Lunatic asylums in Bengal annual reports 1888-1898 - 1888-1898
Year: 1888
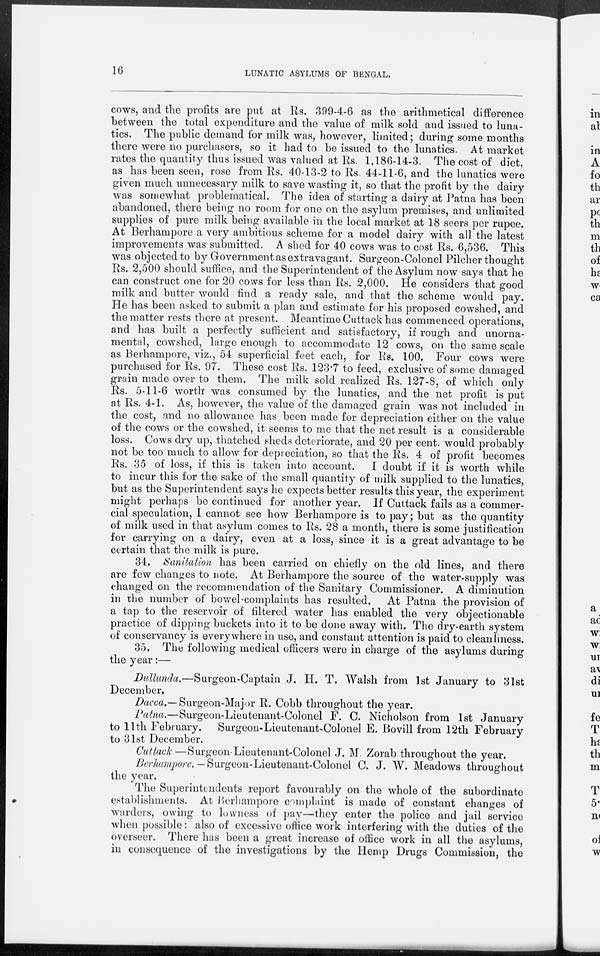
16
LUNATIC ASYLUMS OF BENGAL.
cows, and the profits are put at Rs. 399-4-6 as the arithmetical difference
between the total expenditure and the value of milk sold and issued to luna-
tics. The public demand for milk was, however, limited; during some months
there were no purchasers, so it had to be issued to the lunatics. At market
rates the quantity thus issued was valued at Rs. 1,186-14-3. The cost of diet,
as has been seen, rose from Rs. 40-13-2 to Rs. 44-11-6, and the lunatics were
given much unnecessary milk to save wasting it, so that the profit by the dairy
was somewhat problematical. The idea of starting a dairy at Patna has been
abandoned, there being no room for one on the asylum premises, and unlimited
supplies of pure milk being available in the local market at 18 seers per rupee.
At Berhampore a very ambitious scheme for a model dairy with all the latest
improvements was submitted. A shed for 40 cows was to cost Rs. 6,536. This
was objected to by Government as extravagant. Surgeon-Colonel Pilcher thought
Rs. 2,500 should suffice, and the Superintendent of the Asylum now says that he
can construct one for 20 cows for less than Rs. 2,000. He considers that good
milk and butter would find a ready sale, and that the scheme would pay.
He has been asked to submit a plan and estimate for his proposed cowshed, and
the matter rests there at present. Meantime Cuttack has commenced operations,
and has built a perfectly sufficient and satisfactory, if rough and unorna-
mental, cowshed, large enough to accommodate 12 cows, on the same scale
as Berhampore, viz., 54 superficial feet each, for Rs. 100. Four cows were
purchased for Rs. 97. These cost Rs. 123.7 to feed, exclusive of some damaged
grain made over to them. The milk sold realized Rs. 127-8, of which only
Rs. 5-11-6 worth was consumed by the lunatics, and the net profit is put
at Rs. 4-1. As, however, the value of the damaged grain was not included in
the cost, and no allowance has been made for depreciation either on the value
of the cows or the cowshed, it seems to me that the net result is a considerable
loss. Cows dry up, thatched sheds deteriorate, and 20 per cent. would probably
not be too much to allow for depreciation, so that the Rs. 4 of profit becomes
Rs. 35 of loss, if this is taken into account. I doubt if it is worth while
to incur this for the sake of the small quantity of milk supplied to the lunatics,
but as the Superintendent says he expects better results this year, the experiment
might perhaps be continued for another year. If Cuttack fails as a commer-
cial speculation, I cannot see how Berhampore is to pay; but as the quantity
of milk used in that asylum comes to Rs. 28 a month, there is some justification
for carrying on a dairy, even at a loss, since it is a great advantage to be
certain that the milk is pure.
34. Sanitation has been carried on chiefly on the old lines, and there
are few changes to note. At Berhampore the source of the water-supply was
changed on the recommendation of the Sanitary Commissioner. A diminution
in the number of bowel complaints has resulted. At Patna the provision of
a tap to the reservoir of filtered water has enabled the very objectionable
practice of dipping buckets into it to be done away with. The dry-earth system
of conservancy is everywhere in use, and constant attention is paid to cleanliness.
35. The following medical officers were in charge of the asylums during
the year:—
Dullunda.—Surgeon-Captain J. H. T. Walsh from 1st January to 31st
December.
Dacca.— Surgeon-Major R. Cobb throughout the year.
Patna.—Surgeon-Lieutenant-Colonel F. C. Nicholson from 1st January
to 11th February. Surgeon-Lieutenant-Colonel E. Bovill from 12th February
to 31st December.
Cuttack—Surgeon-Lieutenant-Colonel J. M. Zorab throughout the year.
Berhampore. — Surgeon-Lieutenant-Colonel C. J. W. Meadows throughout
the year.
The Superintendents report favourably on the whole of the subordinate
establishments. At Berhampore complaint is made of constant changes of
warders, owing to lowness of pay—they enter the police and jail service
when possible: also of excessive office work interfering with the duties of the
overseer. There has been a great increase of office work in all the asylums,
in consequence of the investigations by the Hemp Drugs Commission, the